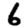
Digit: 6